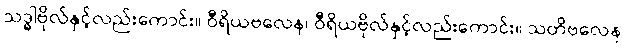
သဒ္ဓါဗိုလ်နှင့်လည်းကောင်း။ ဝီရိယဗလေန၊ ဝီရိယဗိုလ်နှင့်လည်းကောင်း။ သတိဗလေန၊